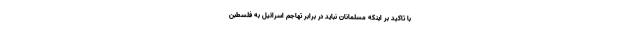
با تاکید بر اینکه مسلمانان نباید در برابر تهاجم اسرائیل به فلسطبن